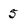
Character: 5